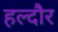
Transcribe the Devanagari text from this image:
हल्दौर